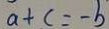
a + c = - b